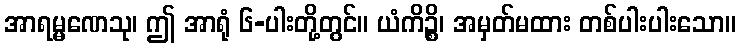
အာရမ္မဏေသု၊ ဤ အာရုံ ၆-ပါးတို့တွင်။ ယံကိဉ္စိ၊ အမှတ်မထား တစ်ပါးပါးသော။